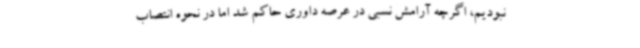
نبودیم، اگرچه آرامش نسبی در عرصه داوری حاکم شد اما در نحوه انتصاب